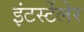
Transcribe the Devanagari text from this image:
इंटर्स्टेलेर